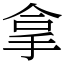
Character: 拿